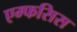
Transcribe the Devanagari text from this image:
एम्फसिस